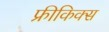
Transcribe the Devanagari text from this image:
फ्रीकिक्स